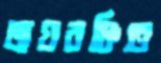
জয়বঞ্চিত